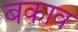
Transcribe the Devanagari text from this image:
बकाव